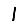
Digit: 1